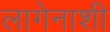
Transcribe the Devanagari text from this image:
लागेनाशी